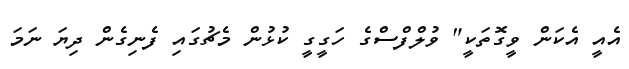
އެއީ އެކަން ވީގޮތަކީ" ވުލްފްސްގެ ހަގީގީ ކުޅުން މެޗުގައި ފެނިގެން ދިޔަ ނަމަ